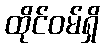
ထိုင်ဝမ်ရှိ